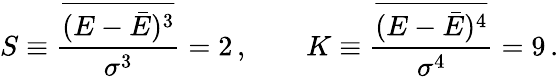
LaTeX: S\equiv\frac{\overline{{(E-\bar{E})^{3}}}}{\sigma^{3}}=2\, ,\qquad K\equiv\frac{\overline{{(E-\bar{E})^{4}}}}{\sigma^{4}}=9\, .